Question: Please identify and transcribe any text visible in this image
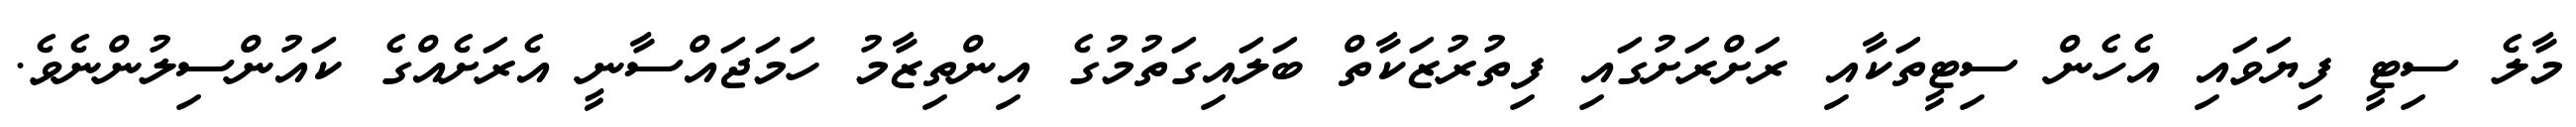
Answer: މާލެ ސިޓީ ފިޔަވައި އެހެން ސިޓީތަކާއި ރަށްރަށުގައި ފިތުރުޒަކާތް ބަލައިގަތުމުގެ އިންތިޒާމު ހަމަޖައްސާނީ އެރަށެއްގެ ކައުންސިލުންނެވެ.